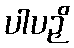
ပါပဉှိ